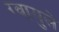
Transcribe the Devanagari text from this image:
ग्वायुले